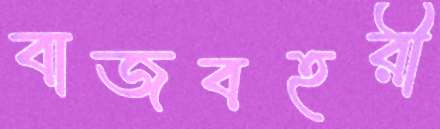
বাজবহরী